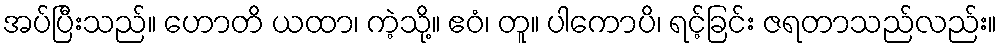
အပ်ပြီးသည်။ ဟောတိ ယထာ၊ ကဲ့သို့။ ဧဝံ၊ တူ။ ပါကောပိ၊ ရင့်ခြင်း ဇရတာသည်လည်း။